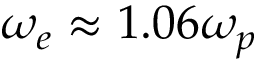
\omega _ { e } \approx 1 . 0 6 \omega _ { p }